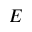
E